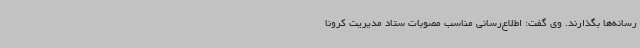
رسانه‌ها بگذارند. وی گفت: اطلاع‌رسانی مناسب مصوبات ستاد مدیریت کرونا